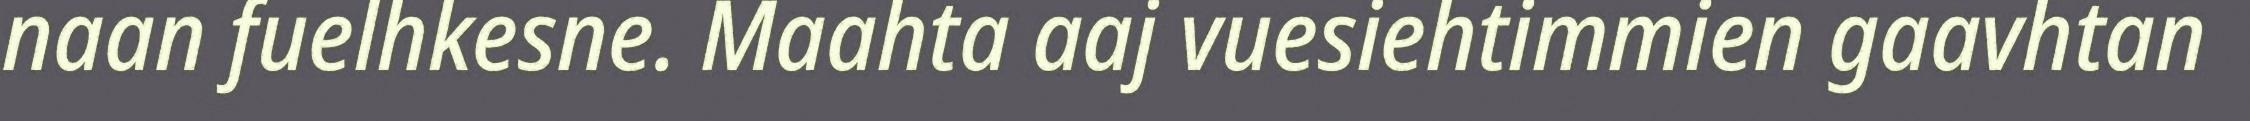
naan fuelhkesne. Maahta aaj vuesiehtimmien gaavhtan